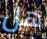
هل